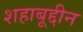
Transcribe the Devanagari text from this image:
शहाबूद्दीन